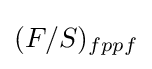
(F/S)_{fppf}